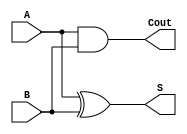
`timescale 1ns/100ps

module half_adder(
  input A,
  input B,
  output S,
  output Cout);

  xor x1(S,A,B);
  and a1(Cout,A,B);
endmodule